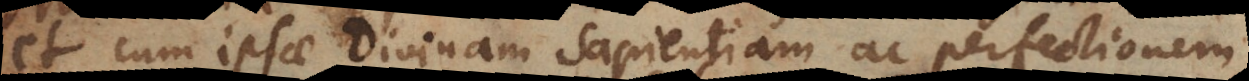
et cum ipsae Divinam Sapientiam ac perfectionem